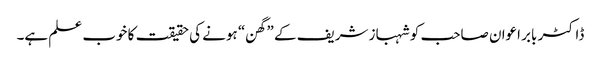
ڈاکٹر بابر اعوان صاحب کو شہباز شریف کے ”گھن“ ہونے کی حقیقت کا خوب علم ہے۔